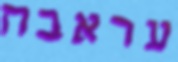
עראבה